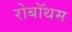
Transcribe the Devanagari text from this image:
रोबॉथम